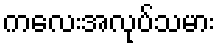
ကလေးအလုပ်သမား